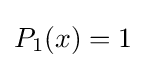
P_{1}(x)=1